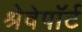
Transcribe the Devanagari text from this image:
श्रेवेपाॅर्ट